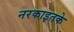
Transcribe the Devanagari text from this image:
नरकाइतके